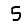
Digit: 5